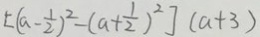
[ ( a - \frac { 1 } { 2 } ) ^ { 2 } - ( a + \frac { 1 } { 2 } ) ^ { 2 } ] ( a + 3 )